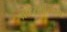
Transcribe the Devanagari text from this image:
प्रोटेस्टॅन्टिझम